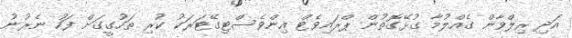
އަދި ރިލްވާން ގެއްލުމާ ގުޅޭގޮތުން ޕްރައިވެޓް އިންވެސްޓިގޭޓަރަކު ކުރި ތަހުގީގަށް ފަހު ނެރުނު